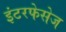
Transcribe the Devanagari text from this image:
इंटरफेसेज